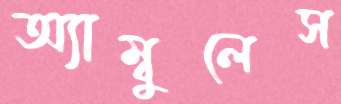
অ্যাম্বুলেস